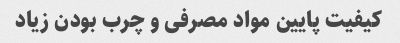
کیفیت پایین مواد مصرفی و چرب بودن زیاد